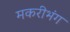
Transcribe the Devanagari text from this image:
मकरीभंग